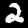
Label: 2